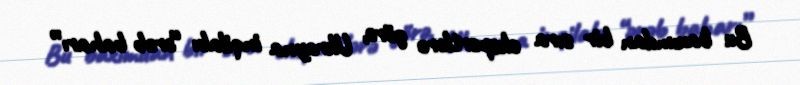
Bu baxımdan bir sıra ekspertlərə görə, Ukrayna inqilabı “ərəb baharı”